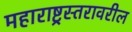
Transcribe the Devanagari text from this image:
महाराष्ट्रस्तरावरील